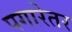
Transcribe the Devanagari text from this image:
पगारेतर